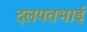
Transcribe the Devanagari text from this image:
दलपतभाई